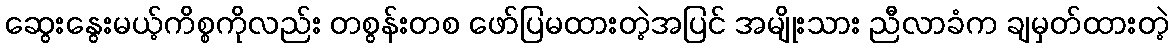
ဆွေးနွေးမယ့်ကိစ္စကိုလည်း တစွန်းတစ ဖော်ပြမထားတဲ့အပြင် အမျိုးသား ညီလာခံက ချမှတ်ထားတဲ့